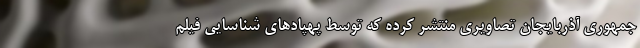
جمهوری آذربایجان تصاویری منتشر کرده که توسط پهپادهای شناسایی فیلم